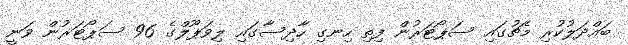
ބައްދަލުކުރި މެޗުގައި ސަޕޯޓަރުން ފިތި ހިނގި ހާދިސާގައި ލިވަޕޫލްގެ 96 ސަޕޯޓަރުން ވަނީ